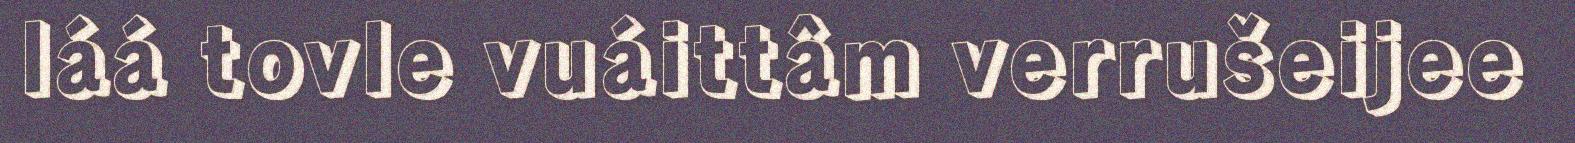
láá tovle vuáittâm verrušeijee